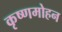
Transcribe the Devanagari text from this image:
कृष्णमोहन